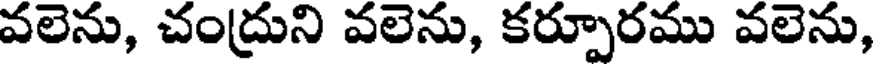
వలెను, చంద్రుని వలెను, కర్పూరము వలెను,